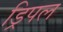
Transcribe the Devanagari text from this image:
ड्रिपल